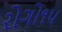
રોગો૧૫